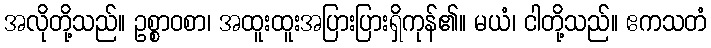
အလိုတို့သည်။ ဥစ္စာဝစာ၊ အထူးထူးအပြားပြားရှိကုန်၏။ မယံ၊ ငါတို့သည်။ ဧကသတံ